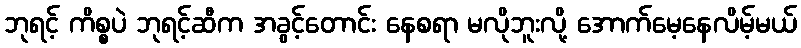
ဘုရင့် ကိစ္စပဲ ဘုရင့်ဆီက အခွင့်တောင်း နေစရာ မလိုဘူးလို့ အောက်မေ့နေလိမ့်မယ်